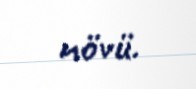
növü.